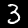
Digit: 3